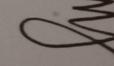
Signature authenticity: genuine